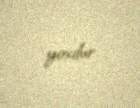
yoxdur.